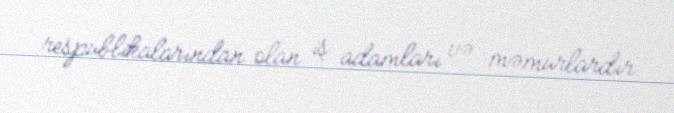
respublikalarından olan iş adamları və məmurlardır.